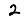
Digit: 2